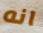
انه